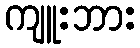
ကျူးဘား